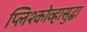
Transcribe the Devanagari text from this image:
प्लिश्कोव्हासुद्धा